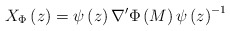
\begin{align*}X_\Phi \left( z\right) =\psi \left( z\right) \nabla ^{\prime}\Phi \left( M\right) \psi \left( z\right) ^{-1}\end{align*}